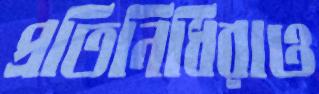
প্রতিনিধিরাও